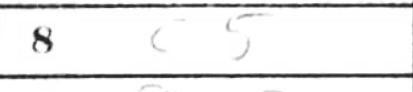
Transcription: c5